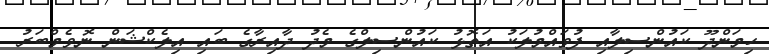
ހިމަންދޫ ކައުންސިލާއި ފުވައްމުލަކު އަތޮޅު ކައުންސިލްގެ މެދު ދާއިރާގެ ބައި އިލެކްޝަން ނޮވެމްބަރު